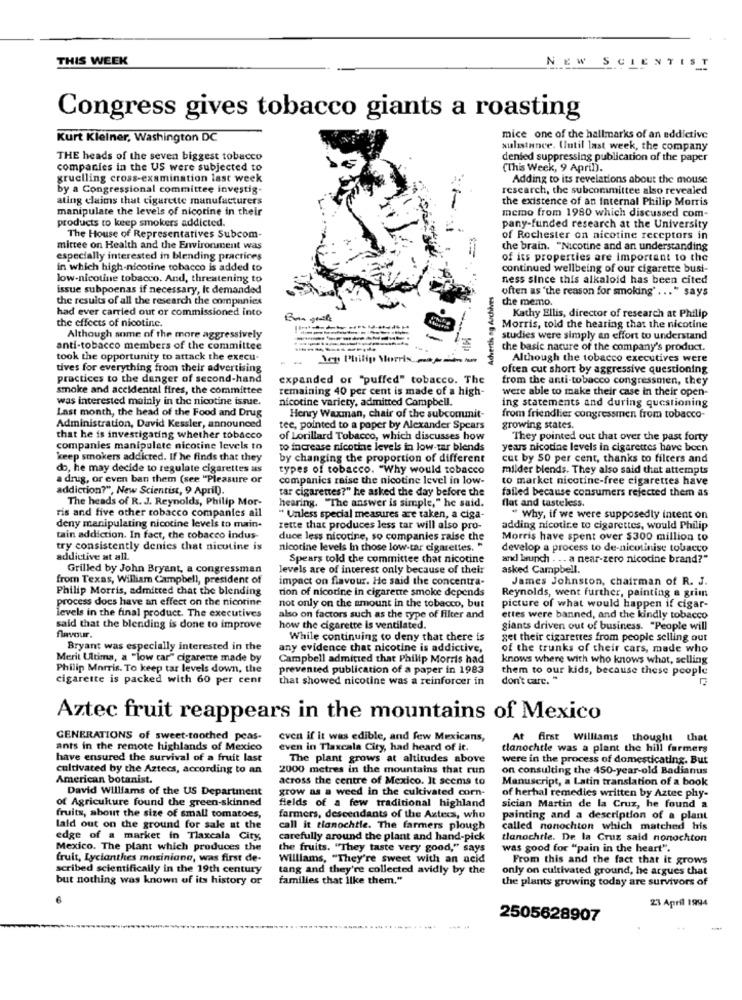
THIS WEEK
NEW SCIENTIST
Congress gives tobacco giants a roasting
Kurt Kleiner, Washington DC
mice one of the hallmarks of an addictive
sulistance. Until last week, the company
THE heads of the seven biggest tobacco
denled suppressing publication of the paper
companies in the US were subjected to
(This Week, 9 April).
gruelling cross-examination last week
Adding to its revelations about the mouse
by a Congressional committee investig-
research, the subcommittee also revealed
ating claims that cigarette manufacturers
the existence of an Internal Philip Morris
manipulate the levels of nicotine in their
products to keep smokers addicted.
memo from 1980 which discussed com-
pany-funded research at the University
The House of Representatives Subcom-
of Rochester on nicotine receptors in
mittee on Health and the Environment was
the brain. "Nicotine and an understanding
especially interested in blending practices
of its properties are important to the
in which high-nicotine tobacco is added to
continued wellbeing of our cigarette busi-
low-nicotine tobacco. And, threatening to
ness since this alkaloid has been cited
issue subpoenas if necessary, It demanded
Advertis ng Archives
often as 'the reason for smoking' ... " says
the results of all the research the companies
che memo.
had ever carried out or commissioned into
the effects of nicotine.
Kathy Ellis, director of research at Philip
Morris, told the hearing that the nicotine
Although some of the more aggressively
studies were simply an effort to understand
anti-tobacco members of the committee
che basic nature of the company's product.
took the opportunity to attack the execu-
Jep Philip Morris ...
Although the tobacco executives were
tives for everything from their advertising
often cut short by aggressive questioning
practices to the danger of second-hand
expanded or "puffed" tobacco. The
from the anti-tobacco congressmen, they
smoke and accidental fires, the committee
remaining 40 per cent is made of a high-
were able to make their case in their open-
was interested mainly in the nicotine issue.
nicotine variety, admitted Campbell.
Last month, the head of the Food and Drug
ing statements and during questioning
Henry Waxman, chair of the subcommit-
from friendlier congressmen from tobacco-
Administration, David Kessler, announced
tee, pointed to a poper by Alexander Spears
growing states.
that he is investigating whether tobacco
of Lorillard Tobacco, which discusses how
They pointed out that over the past forty
companies manipulate nicotine levels to
to increase nicotine levels in low-tar blends
years nicotine levels in cigarettes have been
keep smokers addicted. If he finds that they
by changing the proportion of different
cut by 50 per cent, thanks to filters and
do, he may decide to regulate cigarettes as
types of tobacco. "Why would tobacco
milder blends. They also said that attempts
a drug, or even ban them (see "Pleasure or
companies raise the nicotine level in low-
to market nicotine-free cigarettes have
addiction?", New Scientist, 9 April).
tar cigarettes?" he asked the day before che
failed because consumers rejected them as
The heads of R. J. Reynolds, Philip Mor-
flat and tasteless.
ris and five other tobacco companies ail
hearing. "The answer is simple," he said.
" Unless special measures are taken, a ciga-
" Why, if we were supposedly intent on
deny manipulating nicotine levels to main-
rette that produces less tar will also pro-
adding nicotine to cigarettes, would Philip
tain addiction. In fact, the tobacco indus-
duce less nicotine, so companies raise the
Morris have spent over $300 million to
try consistently denies that nicotine is
nicotine levels In those low-tar cigarettes. "
develop a process to de-nicotinise tobacco
addictive at all.
Spears told the committee chat nicotine
and launch . .. a near-zero nicocine brand?"
Grilled by John Bryant, a congressman
levels are of interest only because of their
asked Campbell.
from Texas, William Campbell, president of
impact on flavour. He said the concentra-
James Johnston, chairman of R. J.
Philip Morris, admitted that the blending
tion of nicotine in cigarette smoke depends
Reynolds, went further, painting a grim
process does have an effect on the nicotine
levels in the final product. The executives
not only on the amount in the tobacco, but
picture of what would happen if cigar-
also on factors such as the type of filter and
ettes were banned, and the kindly tobacco
said that the blending is done to improve
how the cigarette is ventilated.
giants driven out of business. "People will
flavour.
While continuing to deny that there is
get their cigarettes from people selling out
Bryant was especially interested in the
any evidence that nicotine is addictive,
of the trunks of their cars, made who
Merit Ultima, a "low car" cigarette made by
Campbell admitted that Philip Morris had
knows where with who knows what, selling
Philip Morris. To keep tar levels down, the
prevented publication of a paper in 1983
them to our kids, because these people
cigarette is packed with 60 per cent
that showed nicotine was a reinforcer in
don't care. "
Aztec fruit reappears in the mountains of Mexico
GENERATIONS of sweet-toothed peas.
even if it was edible, and few Mexicans,
At first Williams thought that
ants in the remote highlands of Mexico
even in Tlaxcala City, had heard of it.
tlanochtle was a plant the hill farmers
have ensured the survival of a fruit last
The plant grows at altitudes above
were in the process of domesticating. But
cultivated by the Aztecs, according to an
2000 metres in the mountains that run
on consulting the 450-year-old Badianus
American botanist.
across the centre of Mexico. It seems to
Manuscript, a Latin translation of a book
David Williams of the US Department
grow as a weed in the cultivated corn-
of Agriculture found the green-skinned
of herbal remedies written by Aztee phy-
fields of a few traditional highland
sician Martin de la Cruz, he found a
fruits, about the size of small tomatoes,
farmers, descendants of the Azteca, who
painting and a description of a plant
laid out on the ground for sale at the
call it tlanochtie. The farmers plough
called nonochton which matched his
edge of a market in Tlaxcala City,
carefully around the plant and hand-pick
tlanochtle. De la Cruz said nonochton
Mexico. The plant which produces the
the fruits. "They taste very good," says
was good for "pain in the heart".
fruit, Lycianthes moriniand, was first de-
Williams, "They're sweet with an acid
From this and the fact that it grows
scribed scientifically in the 19th century
tang and they're collected avidly by the
only on cultivated ground, he argues that
but nothing was known of its history or
families that ilke them."
the plants growing today are survivors of
23 April 1994
2505628907